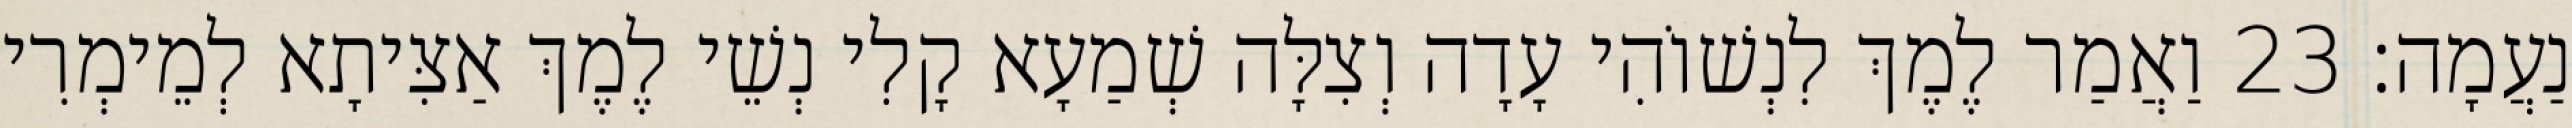
נַעֲמָה׃ 23 וַאֲמַר לֶמֶךְ לִנְשׁוֹהִי עָדָה וְצִלָּה שְׁמַעָא קָלִי נְשֵׁי לֶמֶךְ אַצִּיתָא לְמֵימְרִי